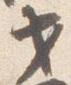
セ